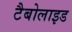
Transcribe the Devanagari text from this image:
टैबोलाइड